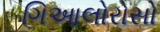
ગિઆલોરોસો